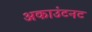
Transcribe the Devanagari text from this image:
अकाउंटनट